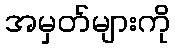
အမှတ်များကို